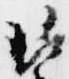
琵